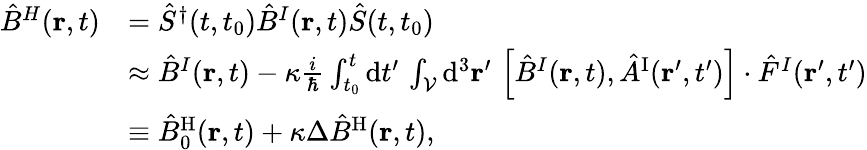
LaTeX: \begin{array}{rl}{\hat{B}^{H}({\mathbf r},t)}&{=\hat{S}^{\dagger}(t,t_{0})\hat{B}^{I}({\mathbf r},t)\hat{S}(t,t_{0})}\\ &{\approx\hat{B}^{I}({\mathbf r},t)-\kappa\frac{i}{\hbar}\int_{t_{0}}^{t}\mathrm{d}t^{\prime}\, \int_{\cal V}\mathrm{d}^{3}{\mathbf r}^{\prime}\, \left[\hat{B}^{I}({\mathbf r},t),\hat{A}^{\mathrm{I}}({\mathbf r}^{\prime},t^{\prime})\right]\cdot\hat{F}^{I}({\mathbf r}^{\prime},t^{\prime})}\\ &{\equiv\hat{B}_{0}^{\mathrm{H}}({\mathbf r},t)+\kappa\Delta\hat{B}^{\mathrm{H}}({\mathbf r},t),}\end{array}